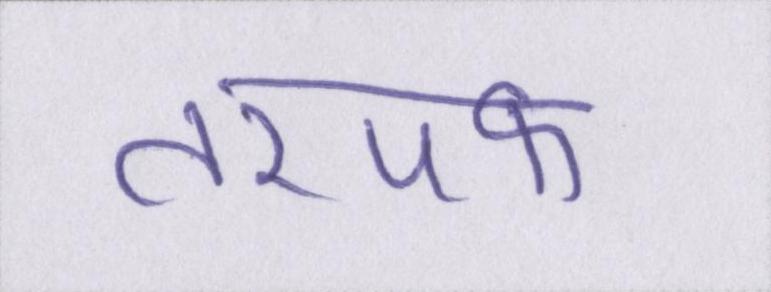
तरपफ